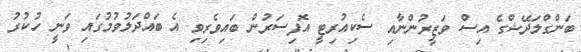
ބަންގްލަދޭޝްގެ އިިސް ވަޒީރުންނާއި ސެކިއުރިޓީ އޮފިސަރުން ބައިވެރިވި އެ ބައްދަލުވުމުގައި ވަނީ ހުކުރު